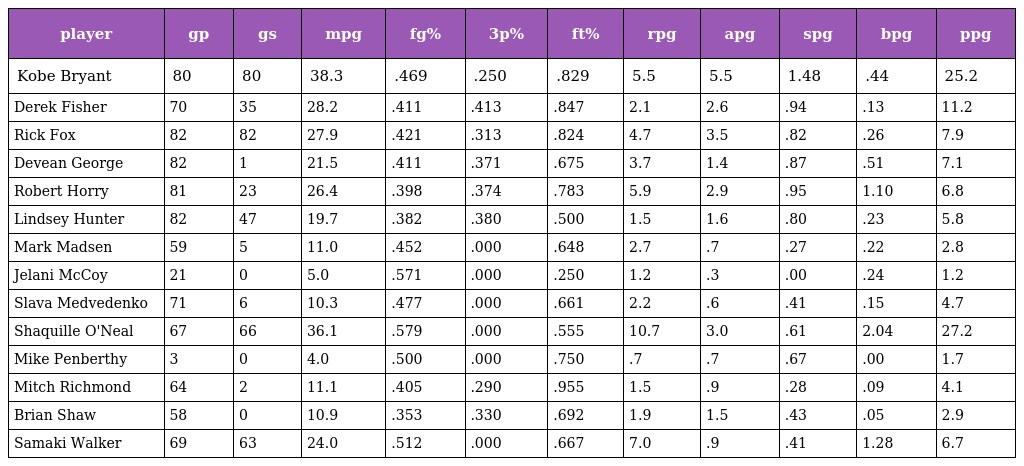
| player | gp | gs | mpg | fg% | 3p% | ft% | rpg | apg | spg | bpg | ppg |
 | --- | --- | --- | --- | --- | --- | --- | --- | --- | --- | --- | --- |
 | Kobe Bryant | 80 | 80 | 38.3 | .469 | .250 | .829 | 5.5 | 5.5 | 1.48 | .44 | 25.2 |
 | Derek Fisher | 70 | 35 | 28.2 | .411 | .413 | .847 | 2.1 | 2.6 | .94 | .13 | 11.2 |
 | Rick Fox | 82 | 82 | 27.9 | .421 | .313 | .824 | 4.7 | 3.5 | .82 | .26 | 7.9 |
 | Devean George | 82 | 1 | 21.5 | .411 | .371 | .675 | 3.7 | 1.4 | .87 | .51 | 7.1 |
 | Robert Horry | 81 | 23 | 26.4 | .398 | .374 | .783 | 5.9 | 2.9 | .95 | 1.10 | 6.8 |
 | Lindsey Hunter | 82 | 47 | 19.7 | .382 | .380 | .500 | 1.5 | 1.6 | .80 | .23 | 5.8 |
 | Mark Madsen | 59 | 5 | 11.0 | .452 | .000 | .648 | 2.7 | .7 | .27 | .22 | 2.8 |
 | Jelani McCoy | 21 | 0 | 5.0 | .571 | .000 | .250 | 1.2 | .3 | .00 | .24 | 1.2 |
 | Slava Medvedenko | 71 | 6 | 10.3 | .477 | .000 | .661 | 2.2 | .6 | .41 | .15 | 4.7 |
 | Shaquille O'Neal | 67 | 66 | 36.1 | .579 | .000 | .555 | 10.7 | 3.0 | .61 | 2.04 | 27.2 |
 | Mike Penberthy | 3 | 0 | 4.0 | .500 | .000 | .750 | .7 | .7 | .67 | .00 | 1.7 |
 | Mitch Richmond | 64 | 2 | 11.1 | .405 | .290 | .955 | 1.5 | .9 | .28 | .09 | 4.1 |
 | Brian Shaw | 58 | 0 | 10.9 | .353 | .330 | .692 | 1.9 | 1.5 | .43 | .05 | 2.9 |
 | Samaki Walker | 69 | 63 | 24.0 | .512 | .000 | .667 | 7.0 | .9 | .41 | 1.28 | 6.7 |